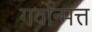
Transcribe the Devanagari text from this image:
गर्वोन्मत्त